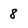
Character: 8